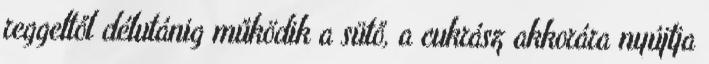
reggeltől délutánig működik a sütő, a cukrász akkorára nyújtja